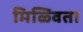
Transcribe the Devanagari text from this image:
मिळ्विता